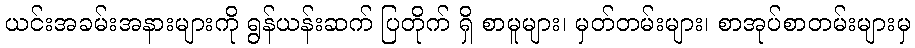
ယင်းအခမ်းအနားများကို ရွန်ယန်းဆက် ပြတိုက် ရှိ စာမူများ၊ မှတ်တမ်းများ၊ စာအုပ်စာတမ်းများမှ